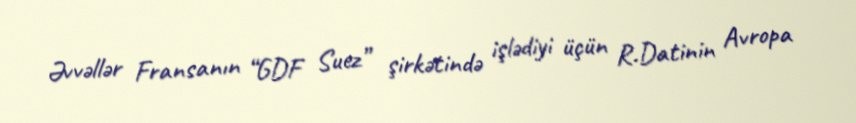
Əvvəllər Fransanın “GDF Suez” şirkətində işlədiyi üçün R.Datinin Avropa